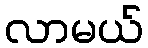
လာမယ်